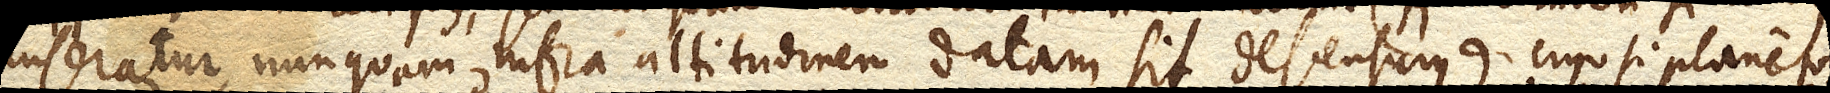
inseratur, nunquam infra altitudinem datam sit descensurus) ergo si plane totus